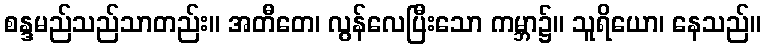
စန္ဒမည်သည်သာတည်း။ အတီတေ၊ လွန်လေပြီးသော ကမ္ဘာ၌။ သူရိယော၊ နေသည်။